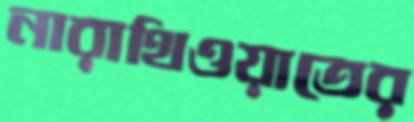
নারাথিওয়াতের